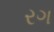
રગ